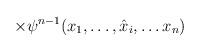
LaTeX: \begin{align*}\times\psi^{n-1}(x_1,\ldots,\hat{x}_i,\ldots x_n)\end{align*}